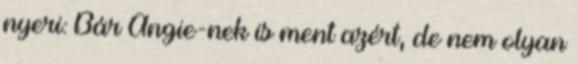
nyeri: Bár Angie-nek is ment azért, de nem olyan